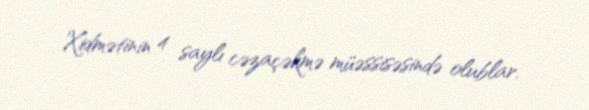
Xidmətinin 4 saylı cəzaçəkmə müəssisəsində olublar.